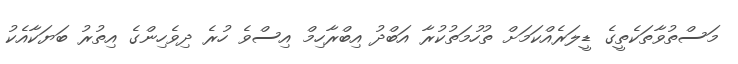
މަސްތުވާތަކެތީގެ ޑީލަރެއްކަމަށް ތުހުމަތުކުރާ އަބްދު އިބްރާހިމް އިސްވެ ހުރެ ދިވެހިންގެ އިތުރު ބަޔަކާއެކު